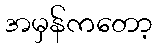
အမှန်ကတော့